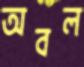
অবল